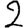
Digit: 2